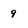
Character: 9